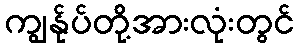
ကျွန်ုပ်တို့အားလုံးတွင်